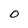
Character: o